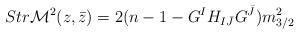
LaTeX: \begin{align*}Str {\cal M}^2 (z, \bar z) = 2 ( n-1- G^{I} H_{I{\bar J}} G^{\bar J})m_{3/2}^2\end{align*}